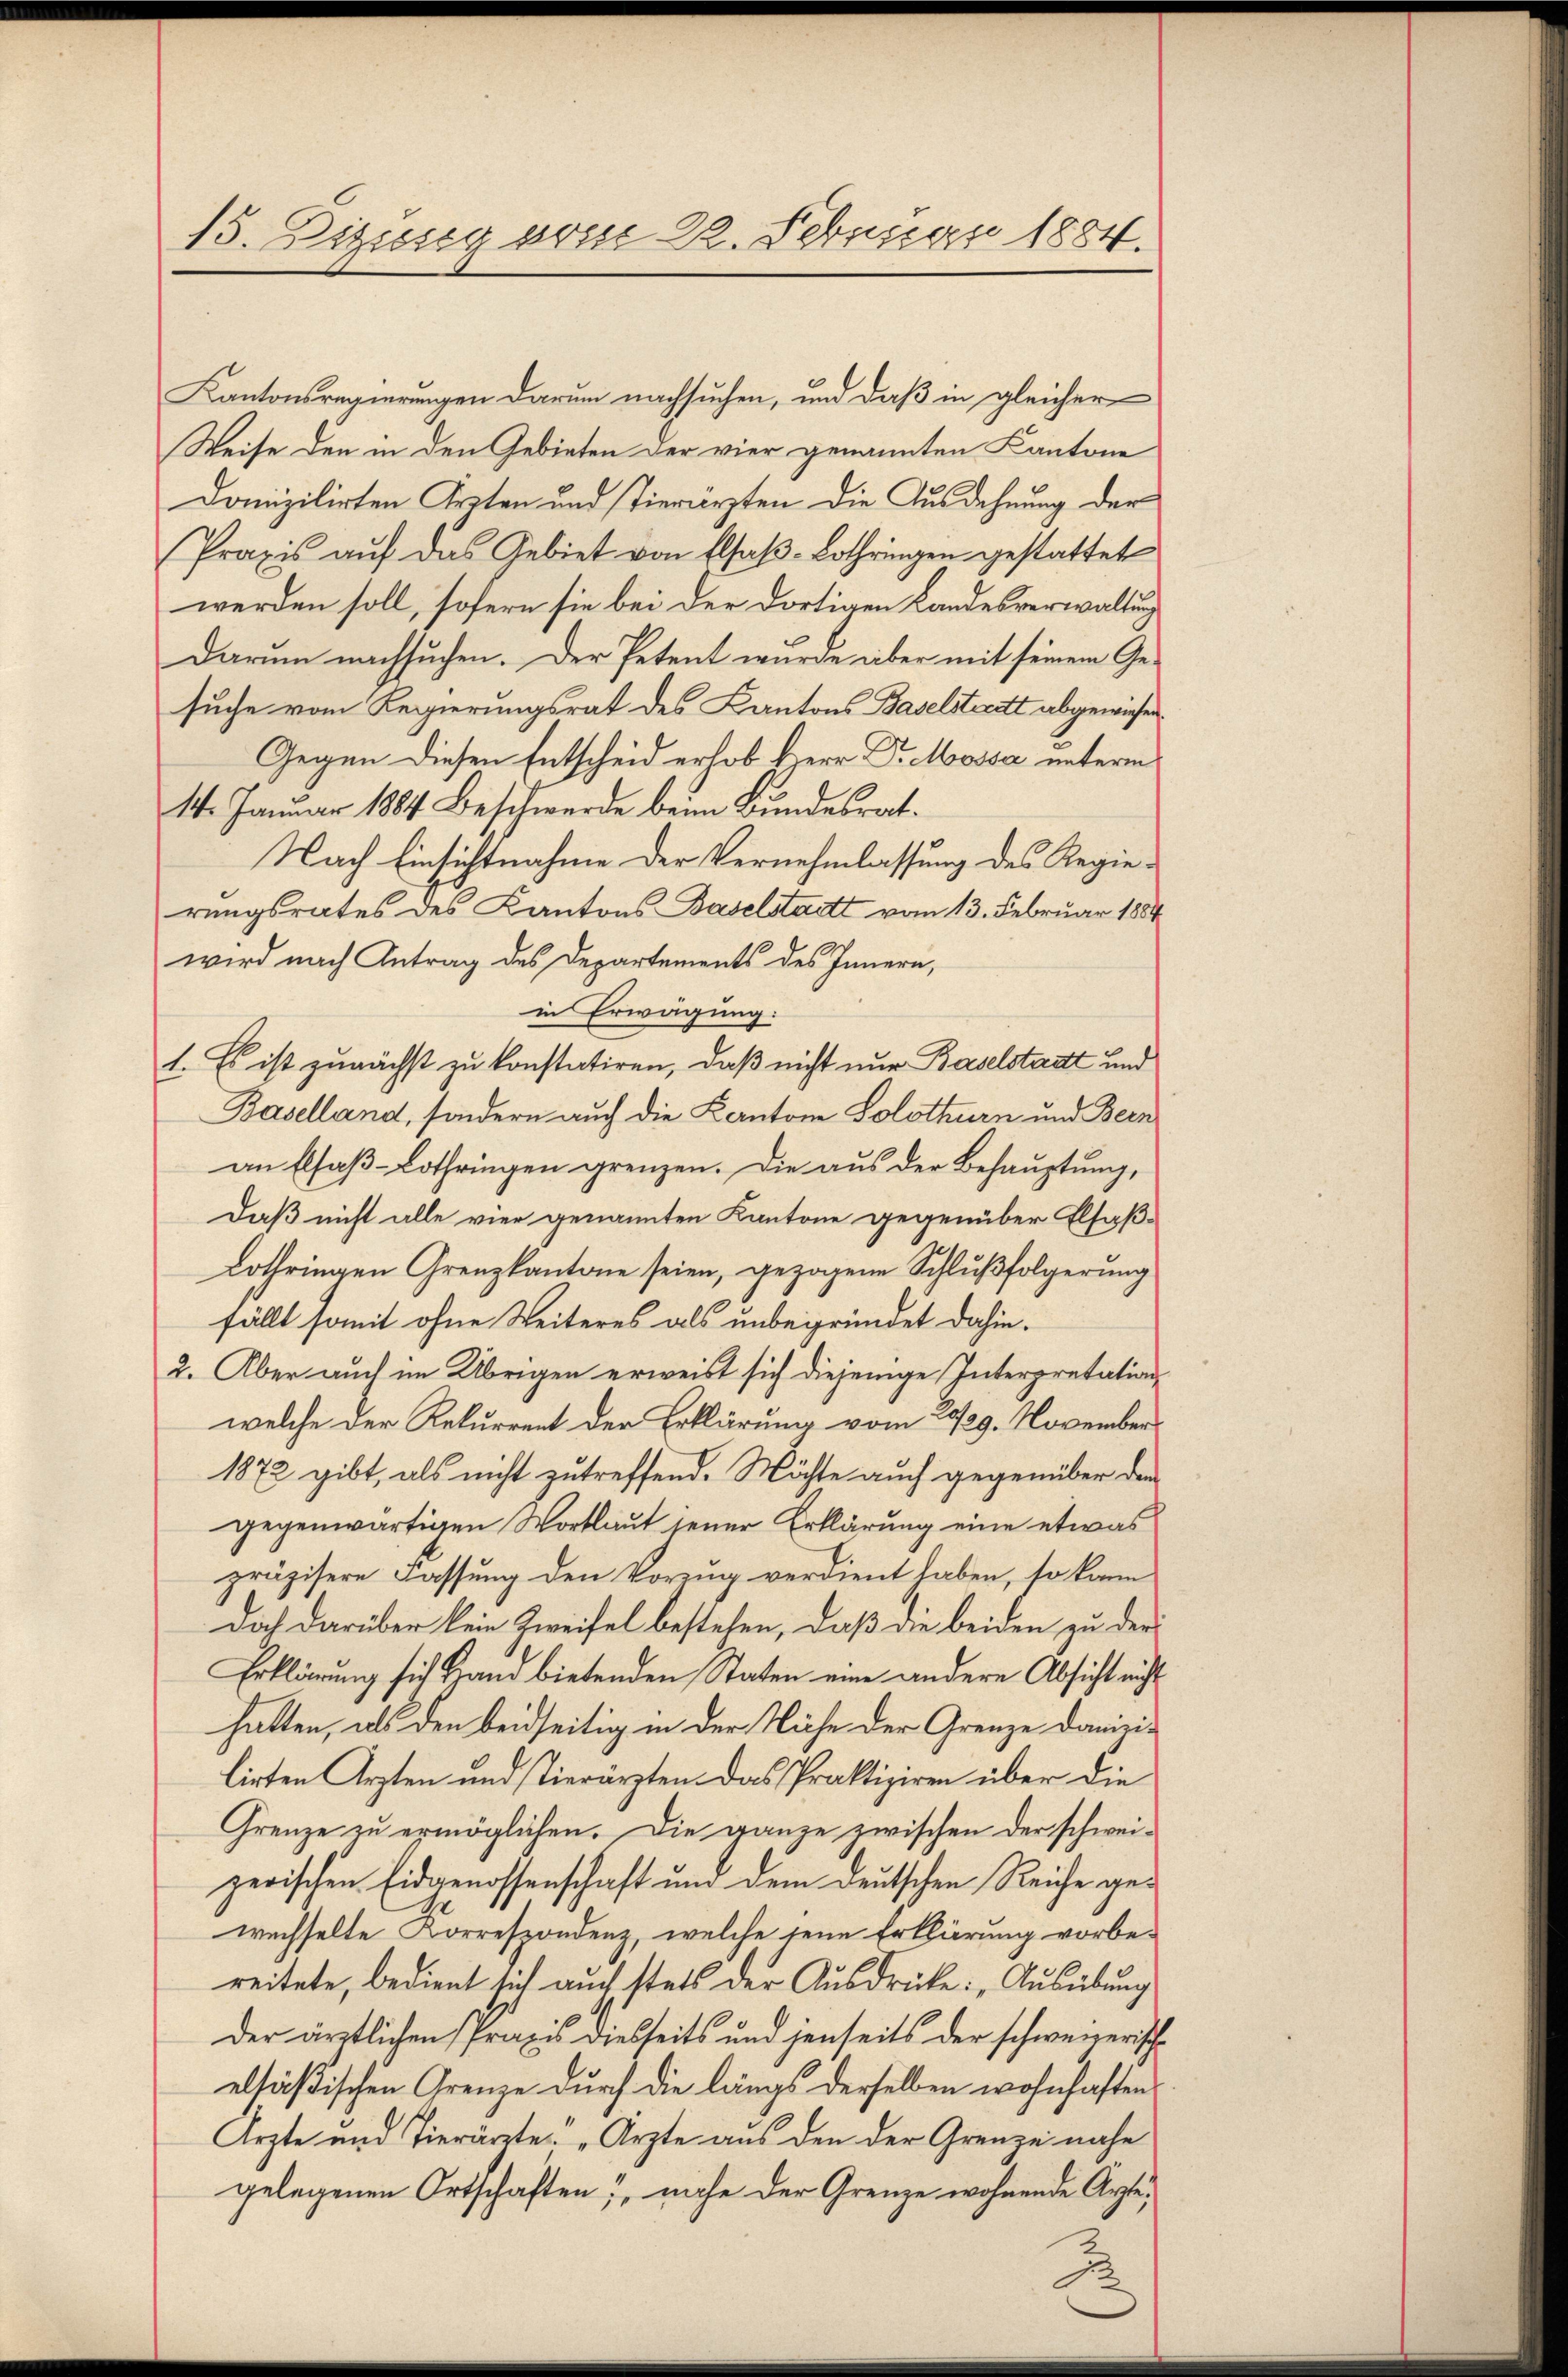
15. Dizissig vom 22. Februar 1884.

Kantonsregierungen darum nachsuchen, und daß in gleicher
Weise den in den Gebieten der vier genannten Kantone
domizilirten Arten und Tierärzten die Ausdehnung der
Praxis aŭf das Gebiet von Elsaβ-Lothringen gestattet
werden soll, sofern sie bei der dortigen Landesverwaltung
Darum nachsuchen. Der Petent wurde aber mit seinem Ge-
suche vom Regierungsrat des Kantons Baselstreitt abgewiesen.
Gegen diesen Entscheid erlob Herr Dr. Mossa unterm
14. Januar 1884 Beschwerde beim Bundesrat.
Nach Einsichtnahme der Vernehmlassung des Regierungsrates des Kantons Baselstadtt vom 13. Februar 1884
wird nach Antrag des Departements des Innern,
in Erwägung:
1. Es ist zunächst zu konstatiren, daß nicht nur Baselstadt und
Baselland, sondern auch die Kantone Solothurn und Bern
an Elsaß-Lothringen grenzen. Die aus der Behauptung,
Daß nicht alle vier genannten Kantone gegenüber Elsaß-
Lothringen Grenzkantone seien, gezogene Schlußfolgerung
fällt somit ohne Weiteres als unbegründet dahin.
2. Aber auch im Übrigen erweist sich diejenige Interpretation
welche der Rekurrent der Erklärung vom 11/29. November
1872 gibt, als nicht zutreffend. Möchte auch gegenüber den
gegenwärtigen Wortlaut jener Erklärung eine etwas
präzisere Fassung den Vorzug verdient haben, so kann
Dich darüber kein Zweifel bestehen, daß die beiden zu der¬
Erklärung sich Hand bietenden Staten eine andere Absicht nicht
hatten, als den beidseitig in der Näche der Grenze Danizilirten Arzten und Tierärzten. Das Praktiziren über die
Grenze zu ermöglichen. Die ganze zwischen der schweizerischen Eidgenossenschaft und dem deutschen Reiche gewechselte Korrespondenz, welche seine Erklärung vorbe-
reitete, bedient sich auch stets der Ausdrücke: „Ausübung
der ärztlichen Praxis diesseits und jenseits der schweizerische
eltäßischen Grenze durch die längs derselben wohnhaften
Ärzte und Tierärzte „Ärzte aus den der Grenze nahe
gelegenen Ortschaften, nache der Grenze wohnende Ärzte,
Z